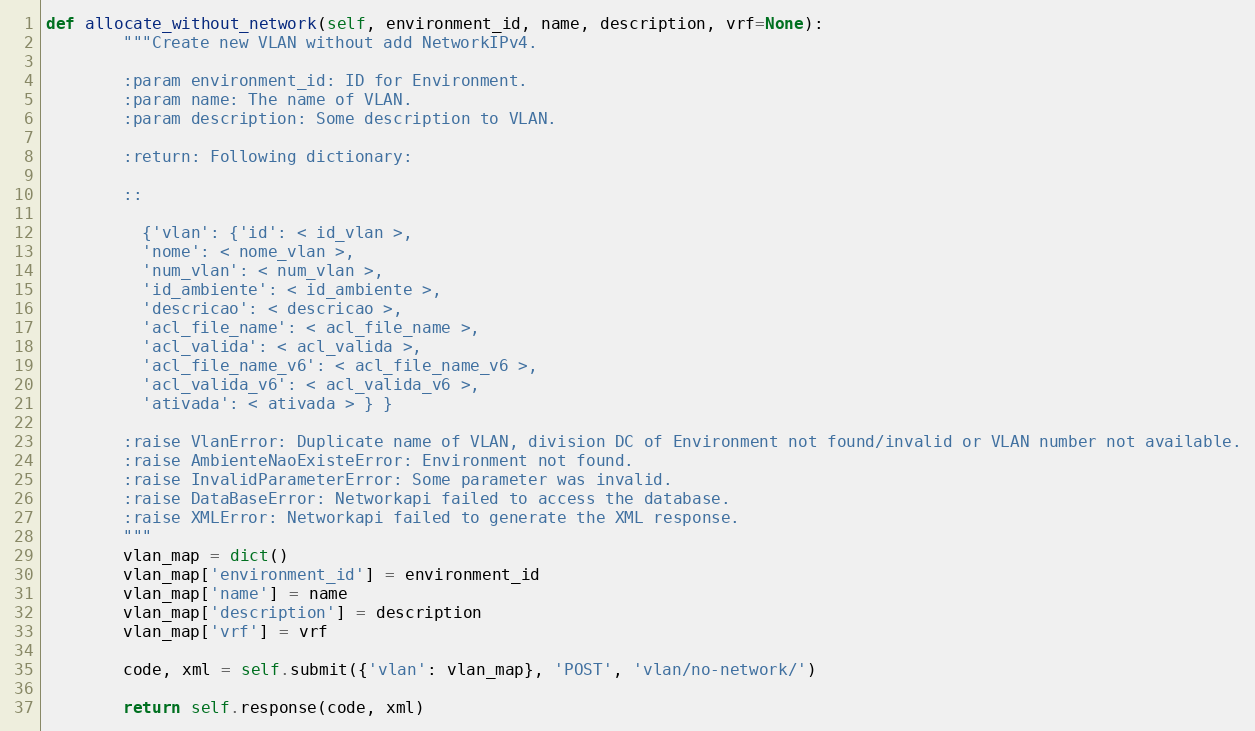
Language: Python
def allocate_without_network(self, environment_id, name, description, vrf=None):
        """Create new VLAN without add NetworkIPv4.

        :param environment_id: ID for Environment.
        :param name: The name of VLAN.
        :param description: Some description to VLAN.

        :return: Following dictionary:

        ::

          {'vlan': {'id': < id_vlan >,
          'nome': < nome_vlan >,
          'num_vlan': < num_vlan >,
          'id_ambiente': < id_ambiente >,
          'descricao': < descricao >,
          'acl_file_name': < acl_file_name >,
          'acl_valida': < acl_valida >,
          'acl_file_name_v6': < acl_file_name_v6 >,
          'acl_valida_v6': < acl_valida_v6 >,
          'ativada': < ativada > } }

        :raise VlanError: Duplicate name of VLAN, division DC of Environment not found/invalid or VLAN number not available.
        :raise AmbienteNaoExisteError: Environment not found.
        :raise InvalidParameterError: Some parameter was invalid.
        :raise DataBaseError: Networkapi failed to access the database.
        :raise XMLError: Networkapi failed to generate the XML response.
        """
        vlan_map = dict()
        vlan_map['environment_id'] = environment_id
        vlan_map['name'] = name
        vlan_map['description'] = description
        vlan_map['vrf'] = vrf

        code, xml = self.submit({'vlan': vlan_map}, 'POST', 'vlan/no-network/')

        return self.response(code, xml)